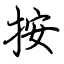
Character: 按